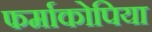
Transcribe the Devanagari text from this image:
फर्माकोपिया